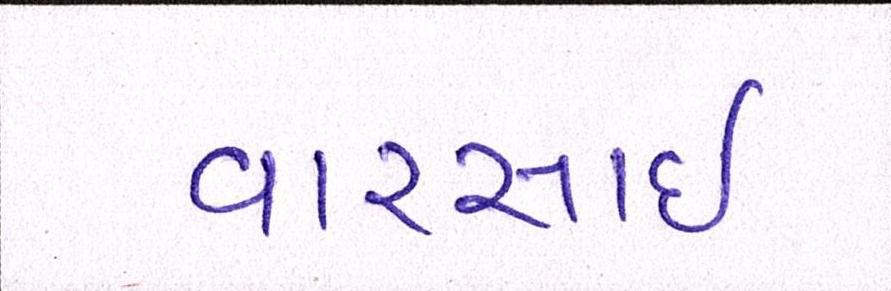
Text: વારસાઇ